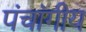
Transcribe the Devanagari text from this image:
पंचांगीय